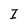
Character: I